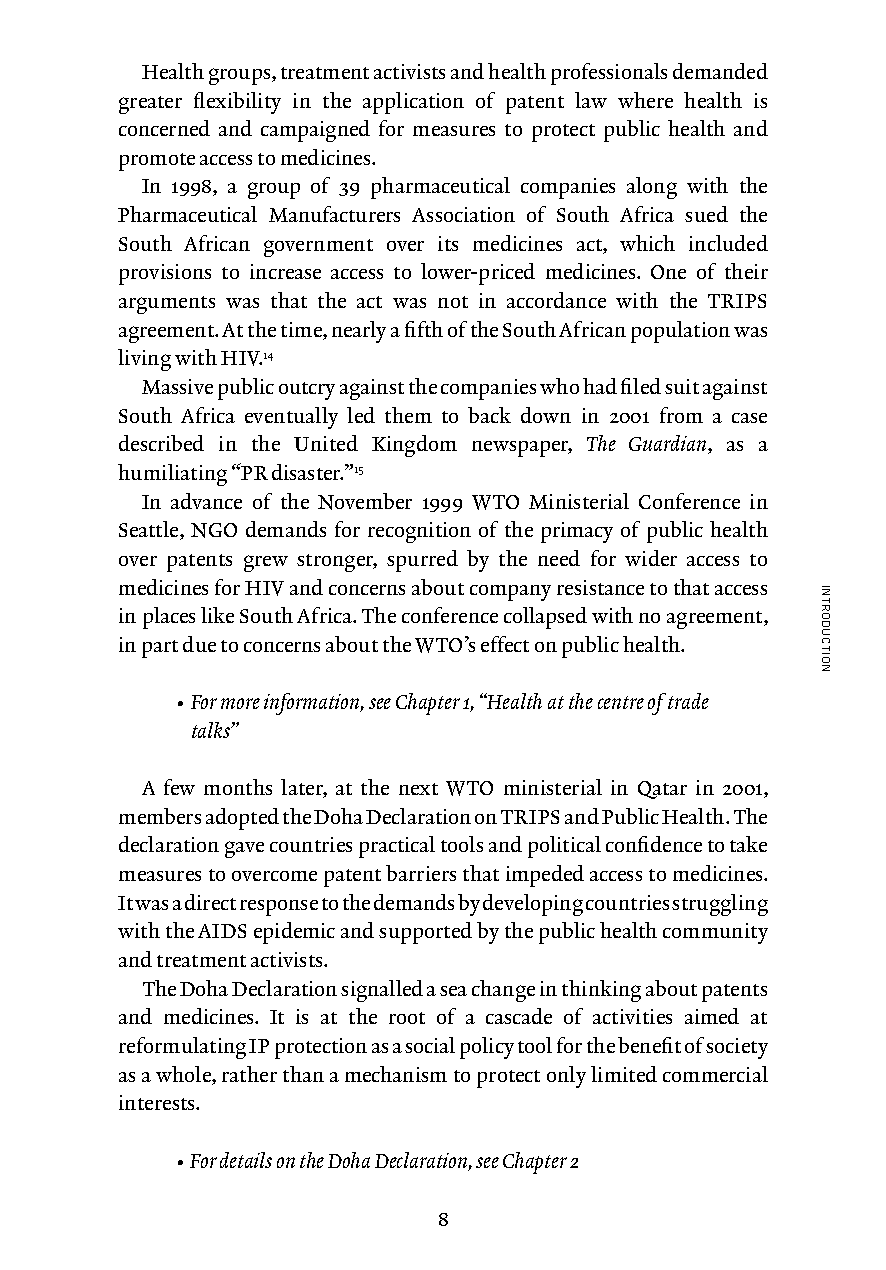
Health groups, treatment activists and health professionals demanded
 greater flexibility in the application of patent law where health is
 concerned and campaigned for measures to protect public health and
 promote access to medicines.
 In 1998, a group of 39 pharmaceutical companies along with the
 Pharmaceutical Manufacturers Association of South Africa sued the
 South African government over its medicines act, which included
 provisions to increase access to lower-priced medicines. One of their
 arguments was that the act was not in accordance with the TRIPS
 agreement. At the time, nearly a fifth of the South African population was
 living with HIV.14
 Massive public outcry against the companies who had filed suit against
 South Africa eventually led them to back down in 2001 from a case
 described in the United Kingdom newspaper, The Guardian, as a
 humiliating “PR disaster.”15
 In advance of the November 1999 WTO Ministerial Conference in
 Seattle, NGO demands for recognition of the primacy of public health
 over patents grew stronger, spurred by the need for wider access to
 medicines for HIV and concerns about company resistance to that access
 in places like South Africa. The conference collapsed with no agreement,
 in part due to concerns about the WTO’s effect on public health.
 • For more information, see Chapter 1, “Health at the centre of trade
 talks”
 A few months later, at the next WTO ministerial in Qatar in 2001,
 members adopted the Doha Declaration on TRIPS and Public Health. The
 declaration gave countries practical tools and political confidence to take
 measures to overcome patent barriers that impeded access to medicines.
 It was a direct response to the demands by developing countries struggling
 with the AIDS epidemic and supported by the public health community
 and treatment activists.
 The Doha Declaration signalled a sea change in thinking about patents
 and medicines. It is at the root of a cascade of activities aimed at
 reformulating IP protection as a social policy tool for the benefit of society
 as a whole, rather than a mechanism to protect only limited commercial
 interests.
 • For details on the Doha Declaration, see Chapter 2
 8
 INTRODUCTION